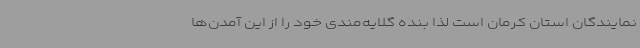
نمایندگان استان کرمان است لذا بنده گلایه‌مندی خود را از این آمدن‌ها